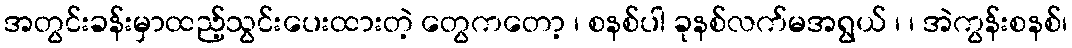
အတွင်းခန်းမှာထည့်သွင်းပေးထားတဲ့ တွေကတော့ ၊ စနစ်ပါ ခုနစ်လက်မအရွယ် ၊ ၊ အဲကွန်းစနစ်၊